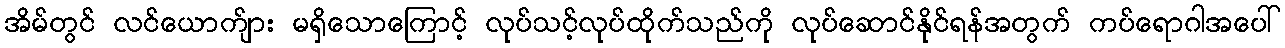
အိမ်တွင် လင်ယောက်ျား မရှိသောကြောင့် လုပ်သင့်လုပ်ထိုက်သည်ကို လုပ်ဆောင်နိုင်ရန်အတွက် ကပ်ရောဂါအပေါ်